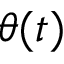
\theta ( t )